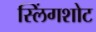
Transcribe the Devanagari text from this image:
स्लिंगशोट